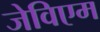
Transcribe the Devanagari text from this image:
जेविएम